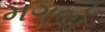
મગલો